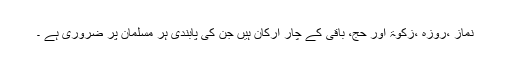
نماز ،روزہ ،زکوٰۃ اور حج، باقی کے چار ارکان ہیں جن کی پابندی ہر مسلمان پر ضروری ہے ۔